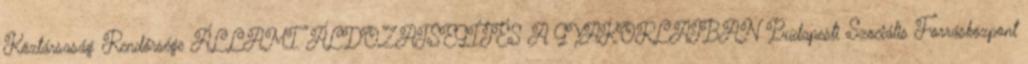
Köztársaság Rendőrsége ÁLLAMI ÁLDOZATSEGÍTÉS A GYAKORLATBAN Budapesti Szociális Forrásközpont